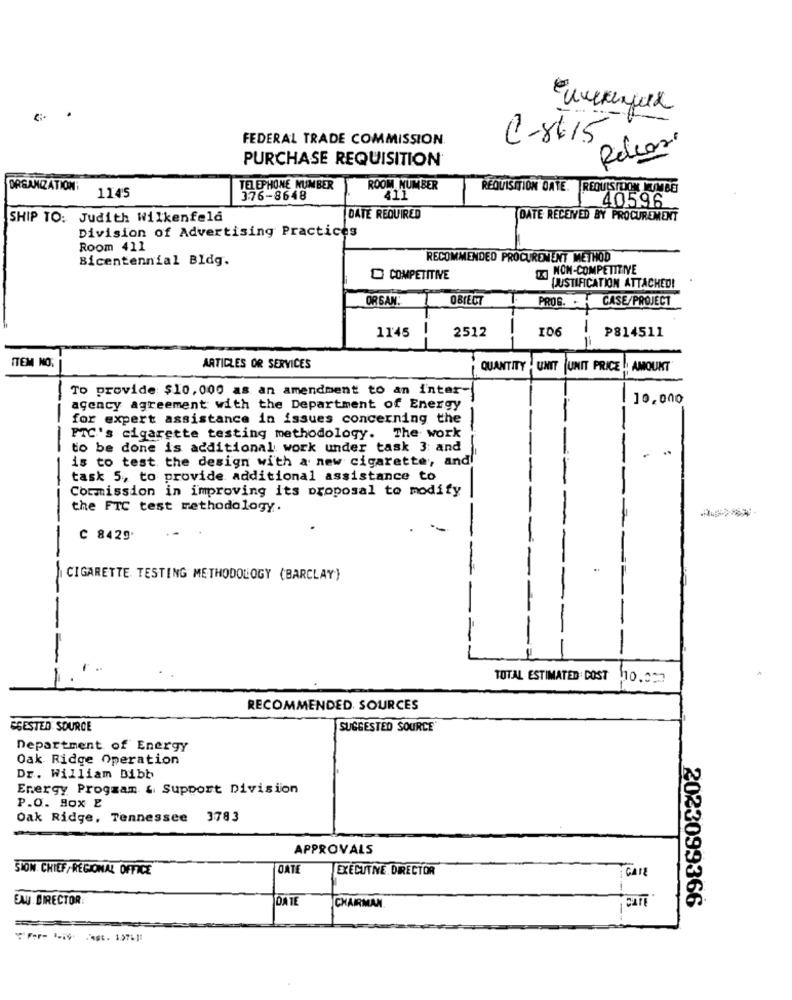
FEDERAL TRADE COMMISSION
C-8615
Release
PURCHASE REQUISITION
ORGANIZATION:
TELEPHONE NUMBER
ROOM NUMBER
REQUISITION DATE. REQUISTOON KUMBE
1145
376-8648
40596
SHIP TO: Judith Wilkenfeld
DATE REQUIRED
DATE RECEIVED BY PROCUREMENT
Division of Advertising Practices
Room 411
Bicentennial BIdg.
RECOMMENDED PROCUREMENT METHOD
DO NON-COMPETITIVE
COMPETITIVE
QJUSTIFICATION ATTACHED!
ORGAN:
OBIECT
PROG. . . CASE/PROJECT
1145
2512
106
P814511
=
ITEM NO.
ARTICLES OR SERVICES
QUANTITY
UNIT UNIT PRICE ! AMOUNT
To provide $10, 000 as an amendment to an inter-
10,000
agency agreement with the Department of Energy
--
for expert assistance in issues concerning the
=
-
FTC's cigarette testing methodology. The work
to be done is additional work under task 3: and
is to test the design with a new cigarette, andl'
task 5, to provide additional assistance to
Commission in improving its proposal to modify
the FTC test methodology.
C 8429.
CIGARETTE TESTING METHODOLOGY (BARCLAY)
TOTAL ESTIMATED COST
10.037
RECOMMENDED SOURCES
GGESTED SOURCE
SUGGESTED SOURCE
Department of Energy
Oak Ridge Operation
Dr. William Bibb
Energy Progzam & Support Division
P.O. Box 2
Oak Ridge, Tennessee 3783
APPROVALS
SION. CHIEF/ REGIONAL OFFICE
DATE
EXECUTNE. DIRECTOR
EAU DIRECTOR
JOA TE
CHAIRMAN
2023099366